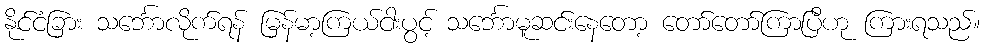
နိုင်ငံခြား သင်္ဘောလိုက်ရန် မြန်မာ့ကြယ်ငါးပွင့် သင်္ဘောမူဆင်းနေတော့ တော်တော်ကြာပြီဟု ကြားရသည်။